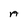
Character: A